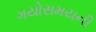
ગયોસમયની